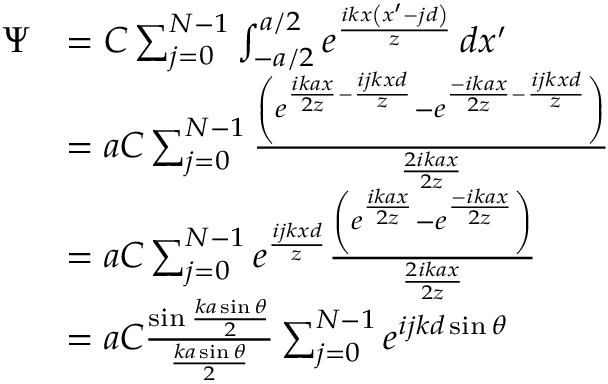
{ \begin{array} { r l } { \Psi } & { = C \sum _ { j = 0 } ^ { N - 1 } \int _ { - { a } / { 2 } } ^ { { a } / { 2 } } e ^ { \frac { i k x \left( x ^ { \prime } - j d \right) } { z } } \, d x ^ { \prime } } \\ & { = a C \sum _ { j = 0 } ^ { N - 1 } { \frac { \left( e ^ { { \frac { i k a x } { 2 z } } - { \frac { i j k x d } { z } } } - e ^ { { \frac { - i k a x } { 2 z } } - { \frac { i j k x d } { z } } } \right) } { \frac { 2 i k a x } { 2 z } } } } \\ & { = a C \sum _ { j = 0 } ^ { N - 1 } e ^ { \frac { i j k x d } { z } } { \frac { \left( e ^ { \frac { i k a x } { 2 z } } - e ^ { \frac { - i k a x } { 2 z } } \right) } { \frac { 2 i k a x } { 2 z } } } } \\ & { = a C { \frac { \sin { \frac { k a \sin \theta } { 2 } } } { \frac { k a \sin \theta } { 2 } } } \sum _ { j = 0 } ^ { N - 1 } e ^ { i j k d \sin \theta } } \end{array} }